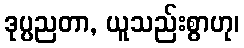
ဒုပ္ပညတာ, ယူသည်းစွာဟု၊